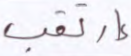
إرتقب